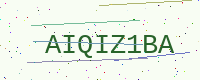
Text: AIQIZ1BA